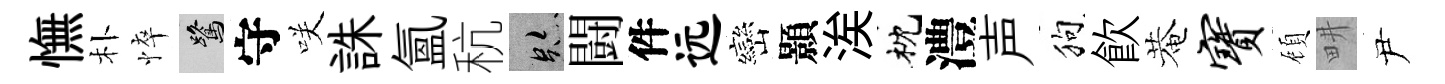
憮朴悴鷺守咲誅氳秔跡闘件远巒顥涘枕澧声狗飮菴宝頋畊尹